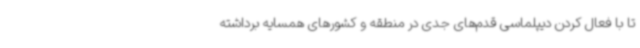
تا با فعال کردن دیپلماسی قدم‌های جدی در منطقه و کشورهای همسایه برداشته